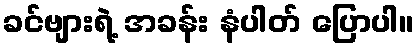
ခင်ဗျားရဲ့ အခန်း နံပါတ် ပြောပါ။